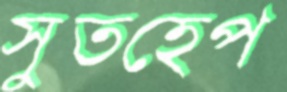
সুতহেপ